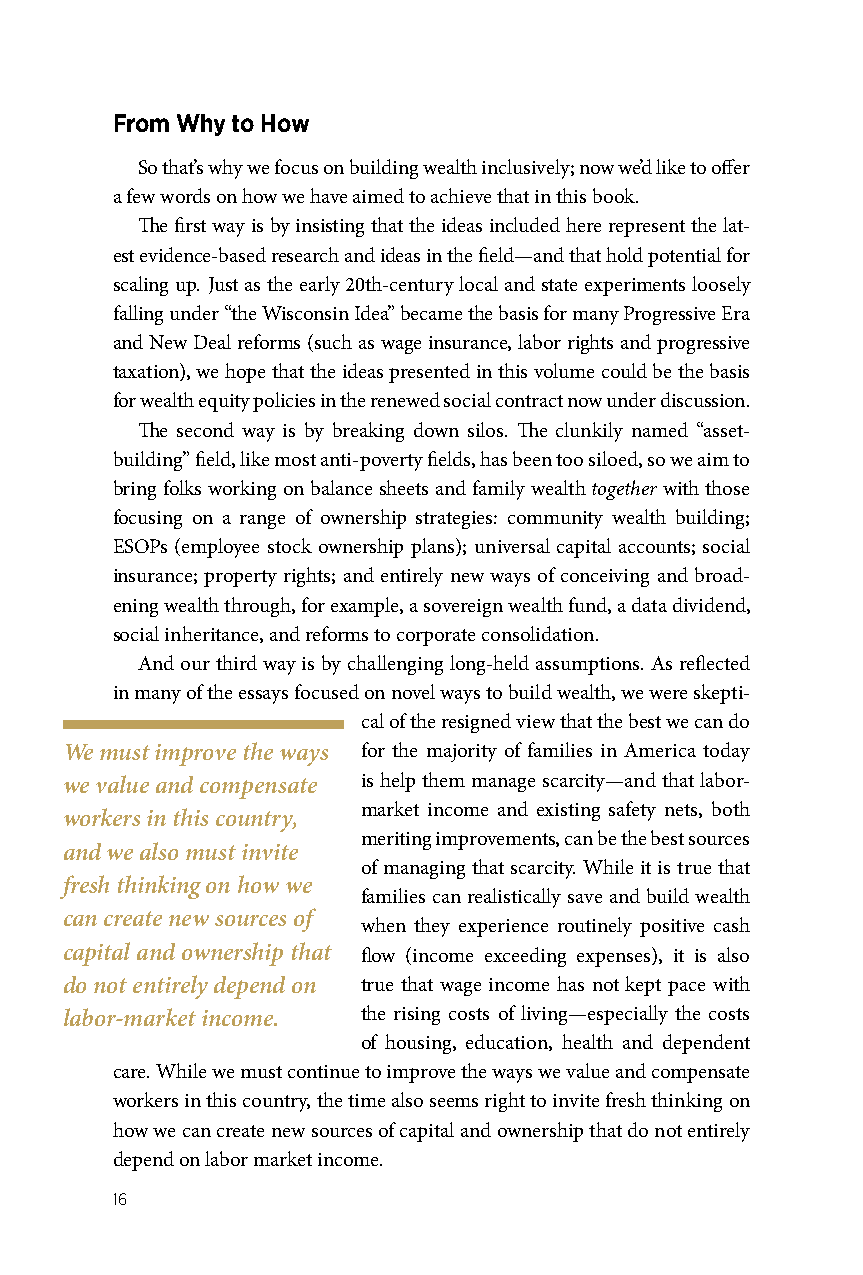
From Why to How
 So that’s why we focus on building wealth inclusively; now we’d like to offer
 a few words on how we have aimed to achieve that in this book.
 The first way is by insisting that the ideas included here represent the lat-
 est evidence-based research and ideas in the field—and that hold potential for
 scaling up. Just as the early 20th-century local and state experiments loosely
 falling under “the Wisconsin Idea” became the basis for many Progressive Era
 and New Deal reforms (such as wage insurance, labor rights and progressive
 taxation), we hope that the ideas presented in this volume could be the basis
 for wealth equity policies in the renewed social contract now under discussion.
 The second way is by breaking down silos. The clunkily named “asset-
 building” field, like most anti-poverty fields, has been too siloed, so we aim to
 bring folks working on balance sheets and family wealth together with those
 focusing on a range of ownership strategies: community wealth building;
 ESOPs (employee stock ownership plans); universal capital accounts; social
 insurance; property rights; and entirely new ways of conceiving and broad-
 ening wealth through, for example, a sovereign wealth fund, a data dividend,
 social inheritance, and reforms to corporate consolidation.
 And our third way is by challenging long-held assumptions. As reflected
 in many of the essays focused on novel ways to build wealth, we were skepti-
 cal of the resigned view that the best we can do
 We must improve the ways for the majority of families in America today
 we value and compensate is help them manage scarcity—and that labor-
 market income and existing safety nets, both
 workers in this country,
 meriting improvements, can be the best sources
 and we also must invite
 of managing that scarcity. While it is true that
 fresh thinking on how we
 families can realistically save and build wealth
 can create new sources of
 when they experience routinely positive cash
 capital and ownership that flow (income exceeding expenses), it is also
 do not entirely depend on true that wage income has not kept pace with
 labor-market income. the rising costs of living—especially the costs
 of housing, education, health and dependent
 care. While we must continue to improve the ways we value and compensate
 workers in this country, the time also seems right to invite fresh thinking on
 how we can create new sources of capital and ownership that do not entirely
 depend on labor market income.
 16